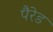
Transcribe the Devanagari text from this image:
पैरेड